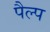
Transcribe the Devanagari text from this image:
पैल्प